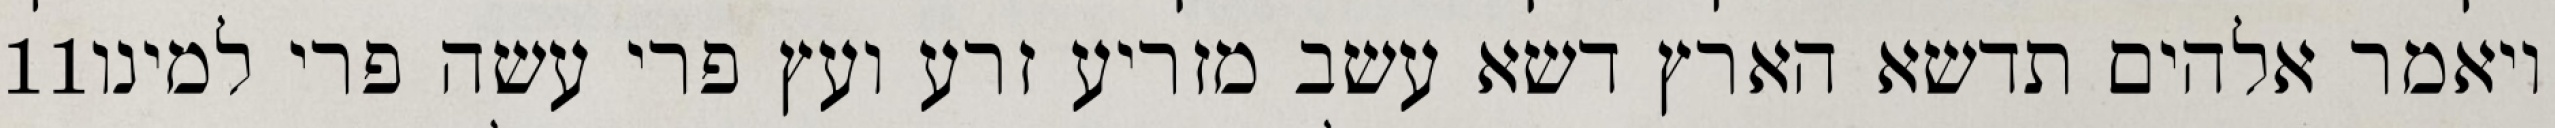
‎11‏ ויאמר אלהים תדשא הארץ דשא עשב מזריע זרע ועץ פרי עשה פרי למינו